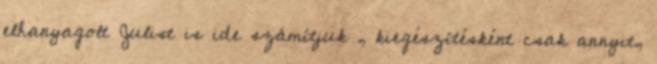
elhanyagolt Julist is ide számítjuk , kiegészítésként csak annyit,